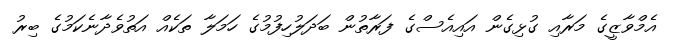
އެމްވާޒީގެ މަރާއި ގުޅިގެން އައިއެސްގެ ފަރާތުން ބަދަލުހިފުމުގެ ހަމަލާ ތަކެއް އަތުވެދާނެކަމުގެ ބިރު